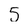
Character: 5